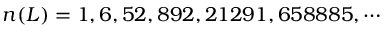
n ( L ) = 1 , 6 , 5 2 , 8 9 2 , 2 1 2 9 1 , 6 5 8 8 8 5 , \cdots